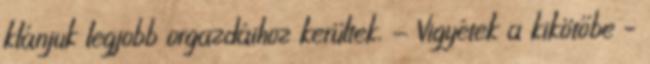
klánjuk legjobb orgazdáihoz kerültek. - Vigyétek a kikötőbe –